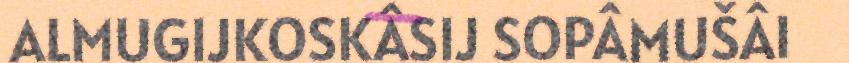
ALMUGIJKOSKÂSIJ SOPÂMUŠÂI